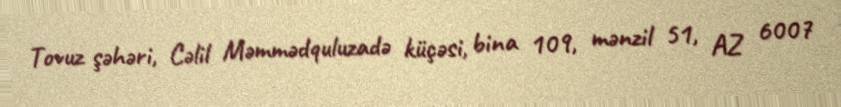
Tovuz şəhəri, Cəlil Məmmədquluzadə küçəsi, bina 109, mənzil 51, AZ 6007